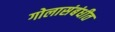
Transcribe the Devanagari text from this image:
गोलासंबंधीत